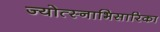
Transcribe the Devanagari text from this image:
ज्योत्स्नाभिसारिका